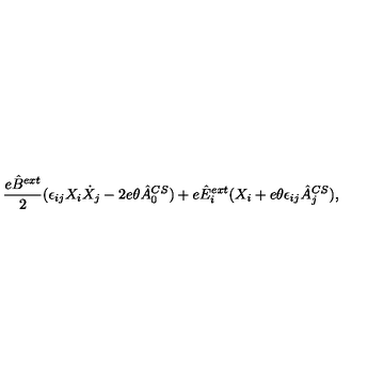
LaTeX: \frac { e \hat { B } \sp { e x t } } { 2 } ( \epsilon _ { i j } X _ { i } \dot { X } _ { j } - 2 e \theta \hat { A } _ { 0 } \sp { C S } ) + e \hat { E } _ { i } \sp { e x t } ( X _ { i } + e \theta \epsilon _ { i j } \hat { A } _ { j } \sp { C S } ) ,